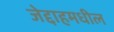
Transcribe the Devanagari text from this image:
जेद्दाहमधील